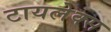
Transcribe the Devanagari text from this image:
टायलेक्स